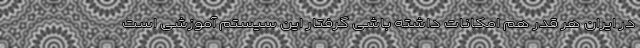
در ایران هر قدر هم امکانات داشته باشی گرفتار این سیستم آموزشی است